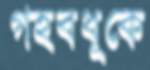
গহবধূকে